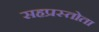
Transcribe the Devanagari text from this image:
सहप्रस्तोता